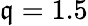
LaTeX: \mathfrak{q}=1.5